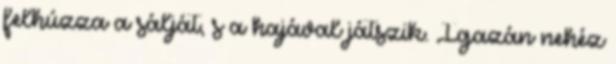
felhúzza a sálját, s a hajával játszik. Igazán nehéz